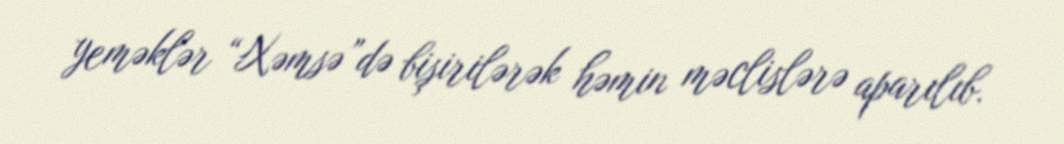
yeməklər “Xəmsə”də bişirilərək həmin məclislərə aparılıb.